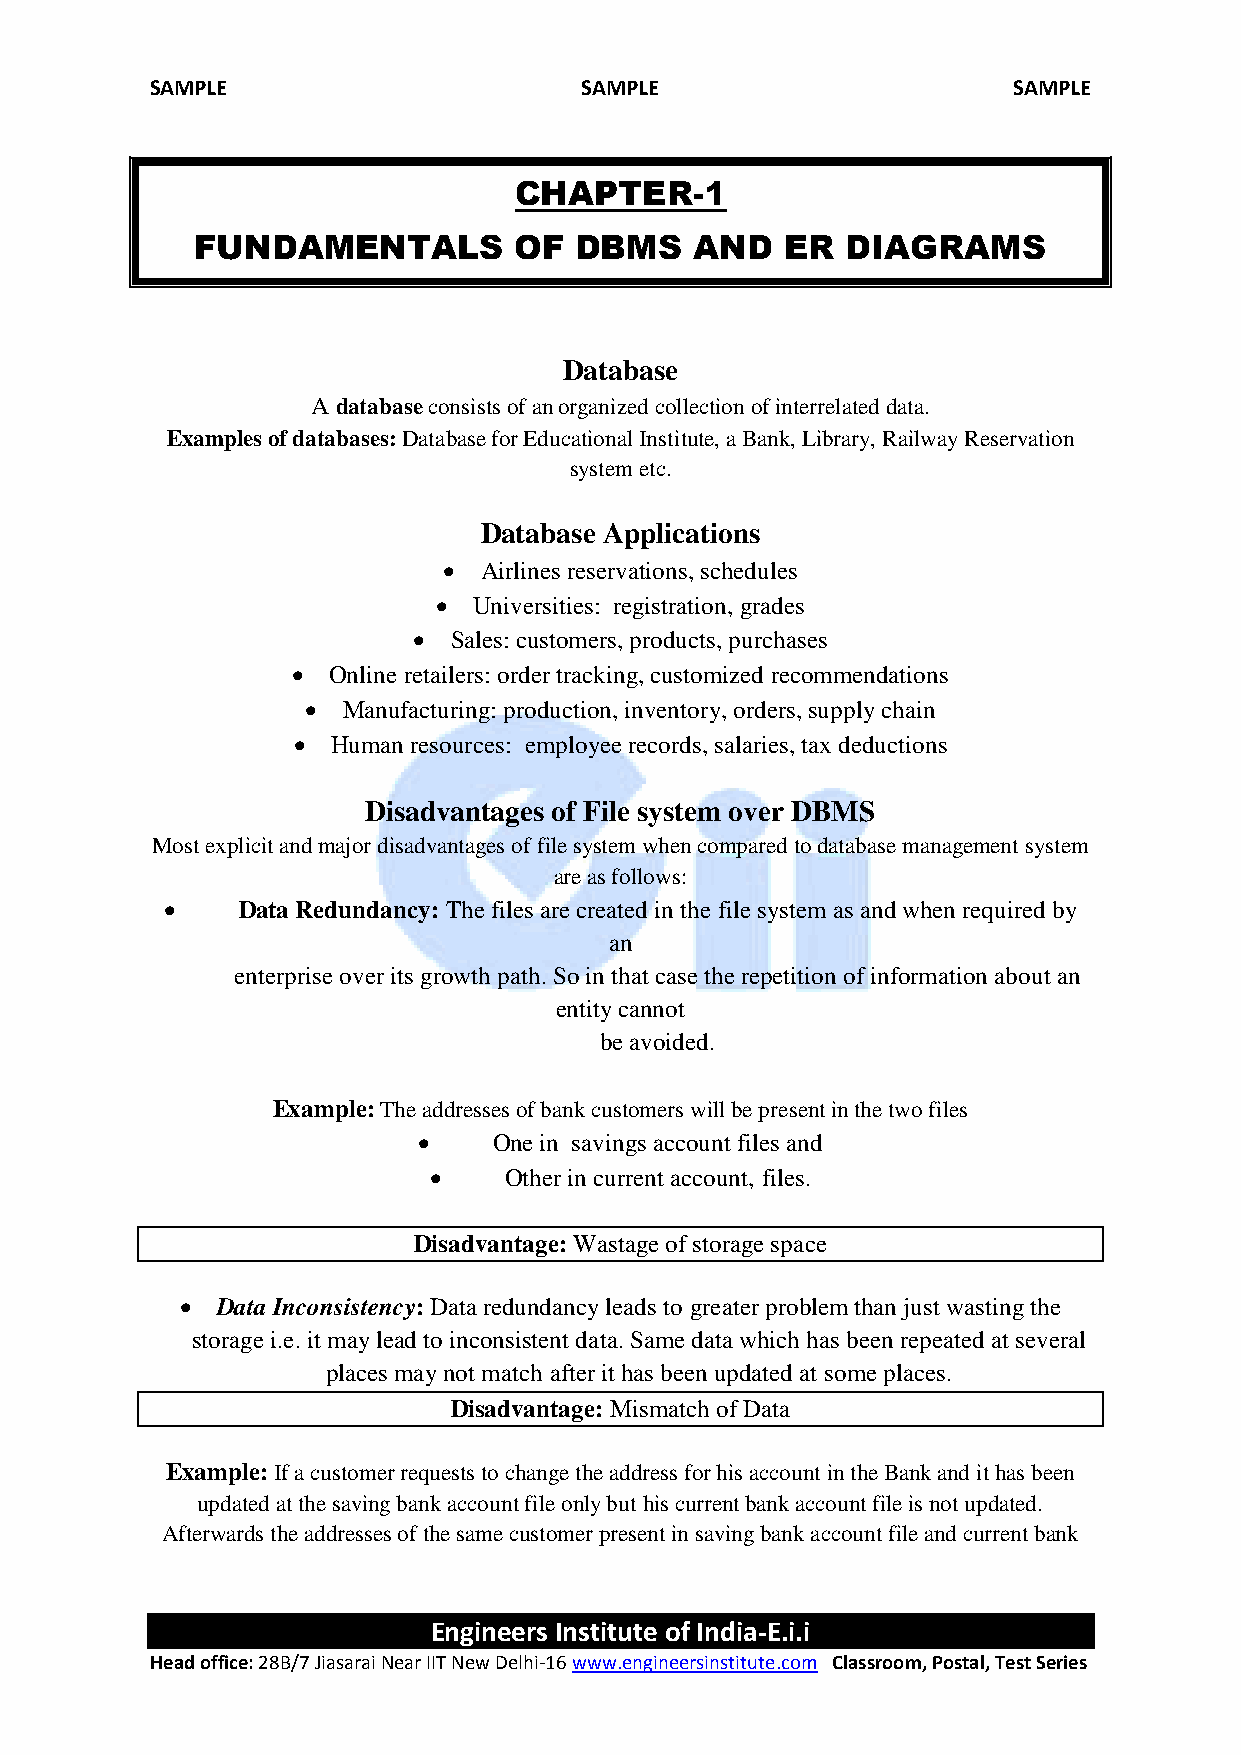
SAMPLE                      SAMPLE                       SAMPLE
 CHAPTER-1
 FUNDAMENTALS         OF  DBMS    AND   ER  DIAGRAMS
 Database
 A database consists of an organized collection of interrelated data.
 Examples of databases: Database for Educational Institute, a Bank, Library, Railway Reservation
 system etc.
 Database Applications
   Airlines reservations, schedules
  Universities: registration, grades
   Sales: customers, products, purchases
   Online retailers: order tracking, customized recommendations
   Manufacturing: production, inventory, orders, supply chain
   Human resources: employee records, salaries, tax deductions
 Disadvantages of File system over DBMS
 Most explicit and major disadvantages of file system when compared to database management system
 are as follows:
     Data Redundancy: The files are created in the file system as and when required by
 an
 enterprise over its growth path. So in that case the repetition of information about an
 entity cannot
 be avoided.
 Example: The addresses of bank customers will be present in the two files
     One in savings account files and
     Other in current account, files.
 Disadvantage: Wastage of storage space
  Data Inconsistency: Data redundancy leads to greater problem than just wasting the
 storage i.e. it may lead to inconsistent data. Same data which has been repeated at several
 places may not match after it has been updated at some places.
 Disadvantage: Mismatch of Data
 Example: If a customer requests to change the address for his account in the Bank and it has been
 updated at the saving bank account file only but his current bank account file is not updated.
 Afterwards the addresses of the same customer present in saving bank account file and current bank
 Engineers Institute of India-E.i.i
 Head office: 28B/7 Jiasarai Near IIT New Delhi-16 www.engineersinstitute.com Classroom, Postal, Test Series